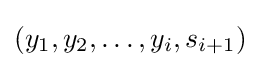
(y_{1},y_{2},\dots ,y_{i},s_{i+1})